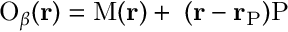
{ { { \mathrm O } } _ { \beta } } ( \bf { r } ) = \mathrm { M } ( \bf { r } ) + \delta ( \bf { r } - { { \bf { r } } _ { \mathrm P } } ) { { \mathrm P } _ { \beta } }